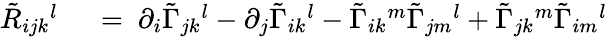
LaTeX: \begin{array}{rl}{\tilde{R}_{ijk}{}^{l}\ }&{{}=\ \partial_{i}\tilde{\Gamma}_{jk}{}^{l}-\partial_{j}\tilde{\Gamma}_{ik}{}^{l}-\tilde{\Gamma}_{ik}{}^{m}\tilde{\Gamma}_{jm}{}^{l}+\tilde{\Gamma}_{jk}{}^{m}\tilde{\Gamma}_{im}{}^{l}}\end{array}